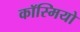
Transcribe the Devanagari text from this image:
कॉस्मियो